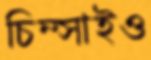
চিম্‌সাইও